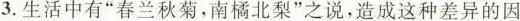
3. 生活中有“春兰秋菊，南橘北梨”之说，造成这种差异的因